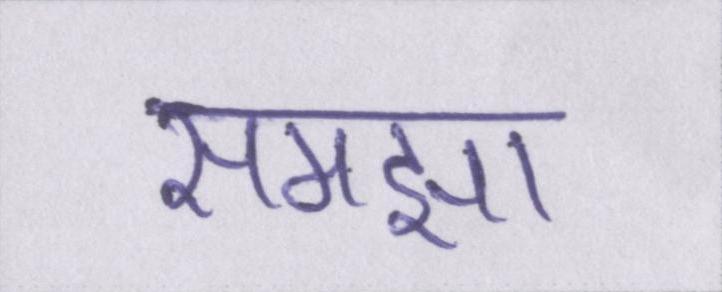
समझा